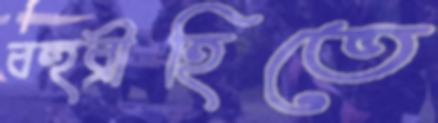
বহুব্রীহিতে